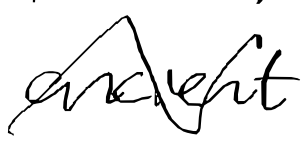
Text: ancient
Cross-out: zig-zag
Writing tool: digital_black